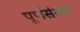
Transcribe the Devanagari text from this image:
पूर्णसंख्या